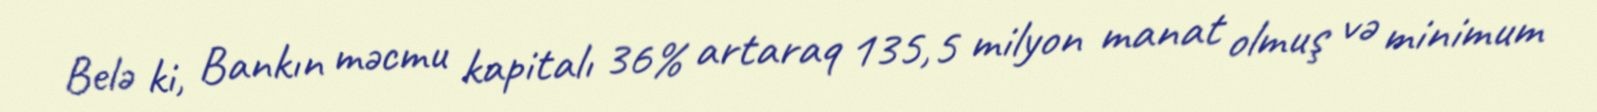
Belə ki, Bankın məcmu kapitalı 36% artaraq 135,5 milyon manat olmuş və minimum